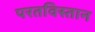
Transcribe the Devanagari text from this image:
परतविस्तान